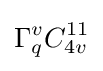
\Gamma _{q}^{v}C_{4v}^{11}